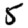
Digit: 5